Vaccine operations Central Provinces 1900-1911 - 1900-1911
Year: 1900
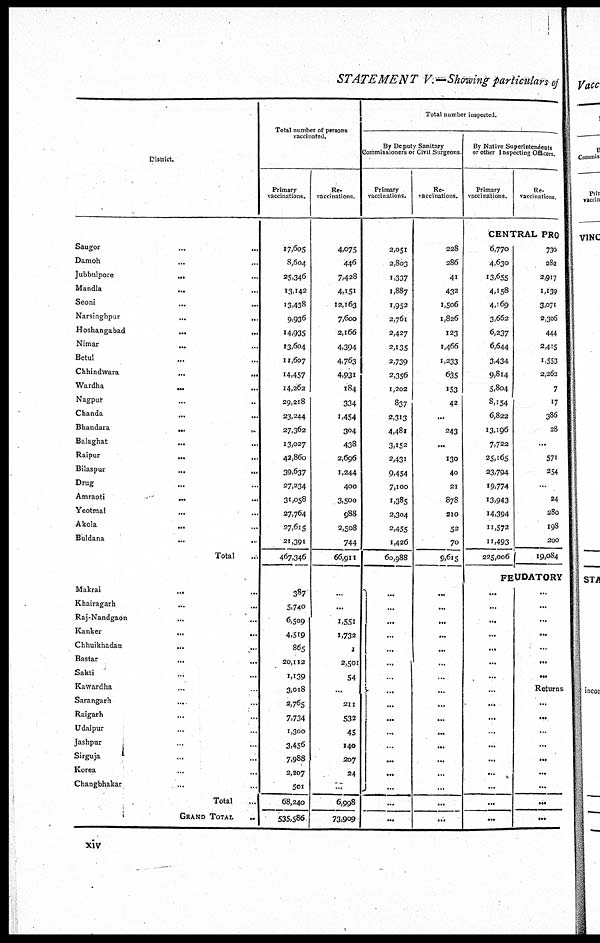
STATEMENT V.—Showing particulars of
District.
Saugor ... ...
Damoh ... ...
Jubbulpore
... ...
Mandla
... ...
Seoni
...
...
Narsinghpur
...
...
Hoshangabad ... ...
Nimar ... ...
Betul ... ...
Chhindwara
...
...
Wardha
...
...
Nagpur ... ...
Chanda ... ...
Bhandara
...
...
Balaghat
...
...
Raipur
...
...
Bilaspur
...
...
Drug ... ...
Amraoti
... ...
Yeotmal ... ...
Akola
... ...
Buldana
...
...
Total ...
Makrai
... ...
Khairagarh ... ...
Raj-Nandgaon ... ...
Kanker
...
...
Chhuikhadan
...
...
Bastar
...
...
Sakti ... ...
Kawardha ... ...
Sarangarh ... ...
Raigarh ... ...
Udaipur ... ...
Jashpur ... ...
Sirguja ... ...
Korea ... ...
Changbhakar ... ...
Total ...
GRAND TOTAL ...
Total number of persons
vaccinated.
Primary
vaccinations.
17,605
8,604
25,346
13,142
13,438
9,936
14,935
13,604
11,607
14,457
14,262
29,218
23,244
27,362
13,027
42,860
39,637
27,234
31,058
27,764
27,615
21,391
467,346
387
5,740
6,509
4,519
865
20,112
1,139
3,018
2,765
7,734
1,300
3,456
7,988
2,207
501
68,240
535,586
Re¬
vaccinations.
4,075
446
7,428
4,151
12,163
7,600
2,166
4,394
4,763
4,931
184
334
1,454
304
438
2,696
1,244
400
3,500
988
2,508
744
66,911
...
...
1,551
1,732
1
2,501
54
...
211
532
45
140
207
24
...
6,998
73,909
Total number inspected.
By Deputy Sanitary
Commissioners or Civil Surgeons
Primary
vaccinations.
2,051
2,803
1,337
1,887
1,952
2,761
2,427
2,135
2,739
2,356
1,202
837
2,313
4,481
3,152
2,431
9,454
7,100
1,385
2,304
2,455
1,426
60,988
...
...
...
...
...
...
...
...
...
...
...
...
...
...
...
...
...
Re¬
vaccinations.
228
286
41
432
1,506
1,826
123
1,466
1,233
635
153
42
...
243
...
130
40
21
878
210
52
70
9,615
...
...
...
...
...
...
...
...
...
...
...
...
...
...
...
...
...
By Native Superintendents
or other Inspecting Officers.
Primary
vaccinations.
Re¬
vaccinations.
CENTRAL PRO
6,770
4,630
13,655
4,158
4,169
3,662
6,237
6,644
3,434
9,814
5,804
8,154
6,822
13,196
7,722
25,165
23,794
19,774
13,943
14,394
11,572
11,493
225,006
730
282
2,917
1,139
3,071
2,306
444
2,415
1,553
2,263
7
17
386
28
...
571
254
...
24
280
198
200
19,084
FEUDATORY
...
...
...
...
...
...
...
...
...
...
...
...
...
...
...
...
...
...
...
...
...
...
...
...
Returns
...
...
...
...
...
...
...
...
...
xiv